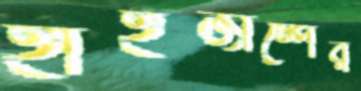
হাইজাম্পের